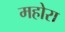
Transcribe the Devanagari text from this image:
महोरा